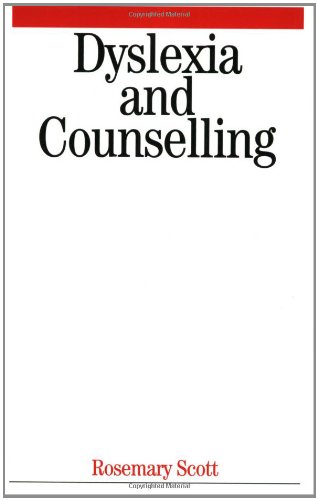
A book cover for Dyslexia and Counselling; Rosemary Scott; Health, Fitness & Dieting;